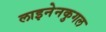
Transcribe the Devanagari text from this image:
लाइनेनकुगल